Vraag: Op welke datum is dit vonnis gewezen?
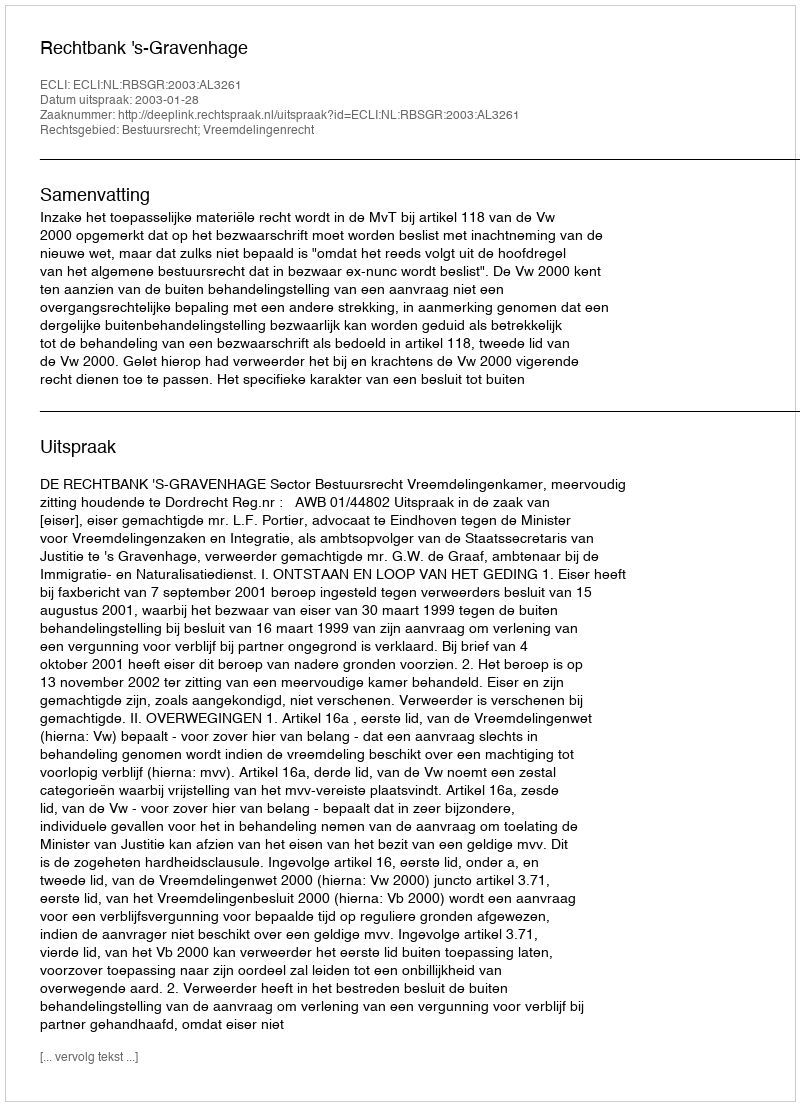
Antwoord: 2003-01-28